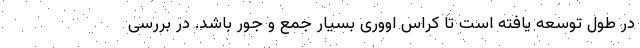
در طول توسعه یافته است تا کراس اووری بسیار جمع و جور باشد. در بررسی